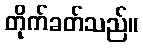
တိုက်ခတ်သည်။